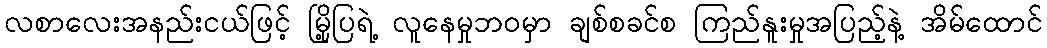
လစာလေးအနည်းငယ်ဖြင့် မြို့ပြရဲ့ လူနေမှုဘဝမှာ ချစ်စခင်စ ကြည်နူးမှုအပြည့်နဲ့ အိမ်ထောင်